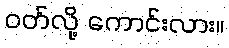
ဝတ်လို့ ကောင်းလား။